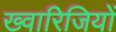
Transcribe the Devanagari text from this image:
ख्वारिजियों